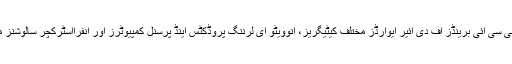
یہ دو ایف پی سی سی آئی برینڈز آف دی ائیر ایوارڈز مختلف کیٹیگریز، انوویٹو ای لرننگ پروڈکٹس اینڈ پرسنل کمپیوٹرز اور انفرااسٹرکچر سالوشنز میں دئیے گئے۔